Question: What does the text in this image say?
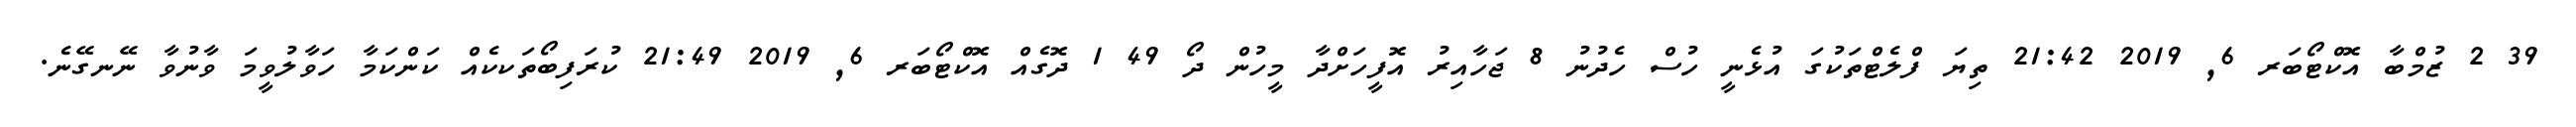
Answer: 39 2 ޒުމްބާ އޮކްޓޯބަރ 6, 2019 21:42 ތިޔަ ފްލެޓްތަކުގަ އުޅެނީ ހުސް ހެދުނު 8 ޖަހާއިރު އޮފީހަށްދާ މީހުން ދޯ 49 1 ދޮގެއް އޮކްޓޯބަރ 6, 2019 21:49 ކުރަފިބޯތަކކެއް ކަންކަމާ ހަވާލުވީމަ ވާނުވާ ނޭނގޭނެ.